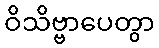
ဝိသိဗ္ဗာပေတွာ